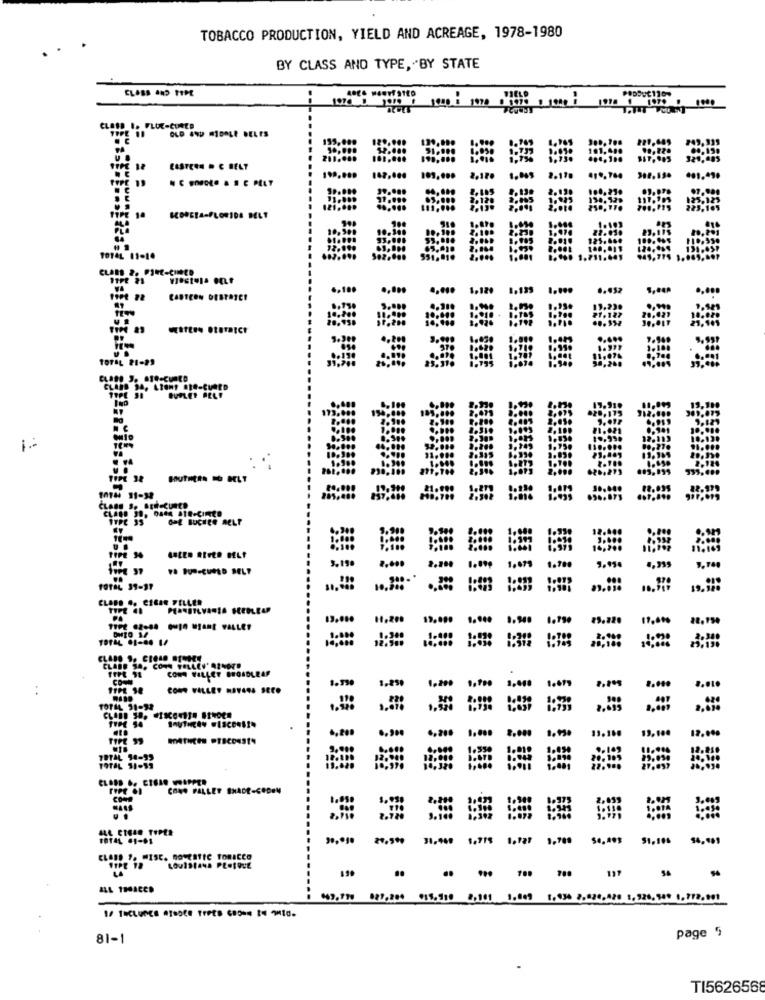
TOBACCO PRODUCTION, YIELD AND ACREAGE, 1978-1980
BY CLASS AND TYPE, "BY STATE
--
CLOSE I. FLUE-CURED
EASTERN . C BELT
142,000
10.000
1 . 1
14
BEDRELA-FLORIDA BELT
1014L 11-10
CLABS 2. PINE-CHED
0,100
.120
1.139
TOTAL 21-23
BURLEY RELF
1.
10144 11-32
TIPE 30
VA DUM-CURED BELT
3.19
TOTAL 39-17
19.995
11,200
1.790
TOTAL 01-00 1/
CLARO S. CROAD DIMEY
CLABE SA, CON VALLEY' AIN678
CONA WILLET BROADLEAF
COON
..
1.200
3.000
2.010
TOTAL 31-32
6,200
1,000
19,100
18,000
TIPE 99
6,200
2,000
1.000
0. 109
TOTAL 54-99
TOTAL 51-53
CONS FALLET BHADE-CO
=
1014L 61-61
27,500
31.469
1,789
51.106
94,181
CLASS 9. MISC. ROLLETIC TORICCO
LOUISIANA PLetQUE
page 5
81-1
TI5626568